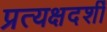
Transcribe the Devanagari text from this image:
प्रत्यक्षदर्शीं